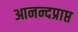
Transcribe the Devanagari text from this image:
आनन्दप्राप्त